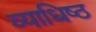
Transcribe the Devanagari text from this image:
व्याधिष्ठ